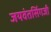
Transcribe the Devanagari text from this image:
जयवंतसिंगजी